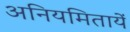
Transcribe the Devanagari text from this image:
अनियमितायें